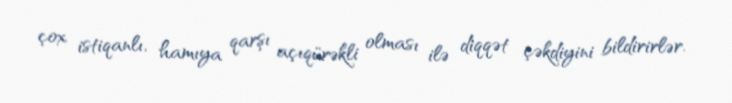
çox istiqanlı, hamıya qarşı açıqürəkli olması ilə diqqət çəkdiyini bildirirlər.